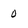
Character: 0